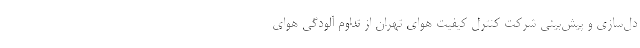
دل‌سازی و پیش‌بینی شرکت کنترل کیفیت هوای تهران از تداوم آلودگی هوای